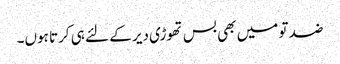
ضد تو میں بھی بس تھوڑی دیر کے لئے ہی کرتا ہوں۔